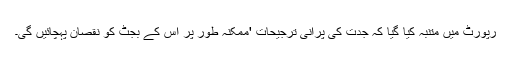
رپورٹ میں متنبہ کیا گیا کہ جدت کی پرانی ترجیحات 'ممکنہ طور پر اس کے بجٹ کو نقصان پہچائیں گی۔